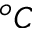
^ o C